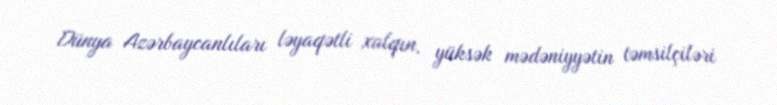
Dünya Azərbaycanlıları ləyaqətli xalqın, yüksək mədəniyyətin təmsilçiləri